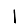
Digit: 1